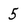
Character: 5